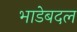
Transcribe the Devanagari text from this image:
भाडेबदल